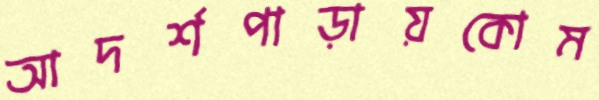
আদর্শপাড়ায়কোম